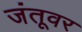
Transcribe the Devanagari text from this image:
जंतूवर